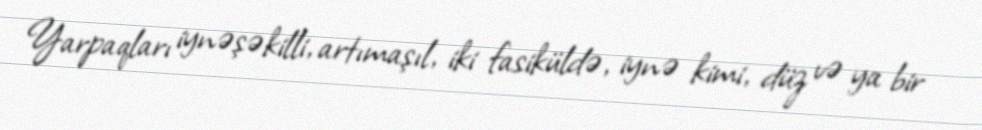
Yarpaqları iynəşəkilli, artımaşıl, iki fasiküldə, iynə kimi, düz və ya bir